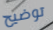
توضيح